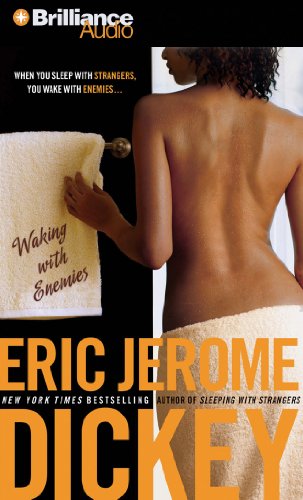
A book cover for Waking with Enemies (Gideon Series); Eric Jerome Dickey; Mystery, Thriller & Suspense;